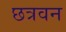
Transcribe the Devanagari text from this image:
छत्रवन